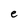
Character: e